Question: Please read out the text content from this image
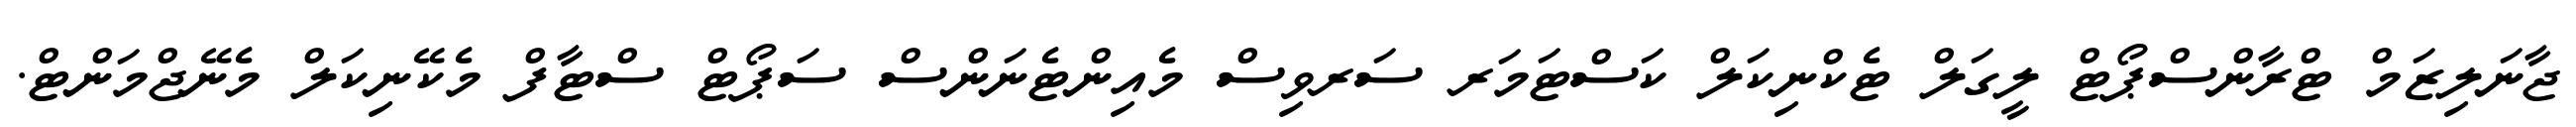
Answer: ޖާނަލިޒަމް ޓްރާންސްޕޯޓް ލީގަލް ޓެކްނިކަލް ކަސްޓަމަރ ސަރވިސް މެއިންޓެނަންސް ސަޕޯޓް ސްޓާފް މެކޭނިކަލް މެނޭޖްމަންޓް.